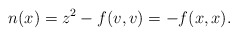
\begin{align*}n(x) = z^2 - f(v,v) = -f(x,x).\end{align*}